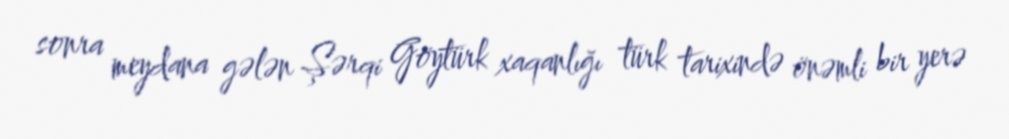
sonra meydana gələn Şərqi Göytürk xaqanlığı türk tarixində önəmli bir yerə